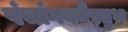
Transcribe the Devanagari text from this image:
पंचांगकौस्तुभ